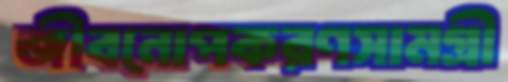
জীবনোপকরণসামগ্রী